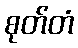
စုတ်တံ